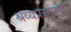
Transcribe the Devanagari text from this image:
श्रव्यप्रसारण